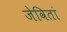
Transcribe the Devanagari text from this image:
जेवितां